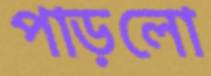
পাড়লো